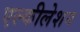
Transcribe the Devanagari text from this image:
एल्कीलेशन